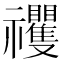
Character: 𥜵